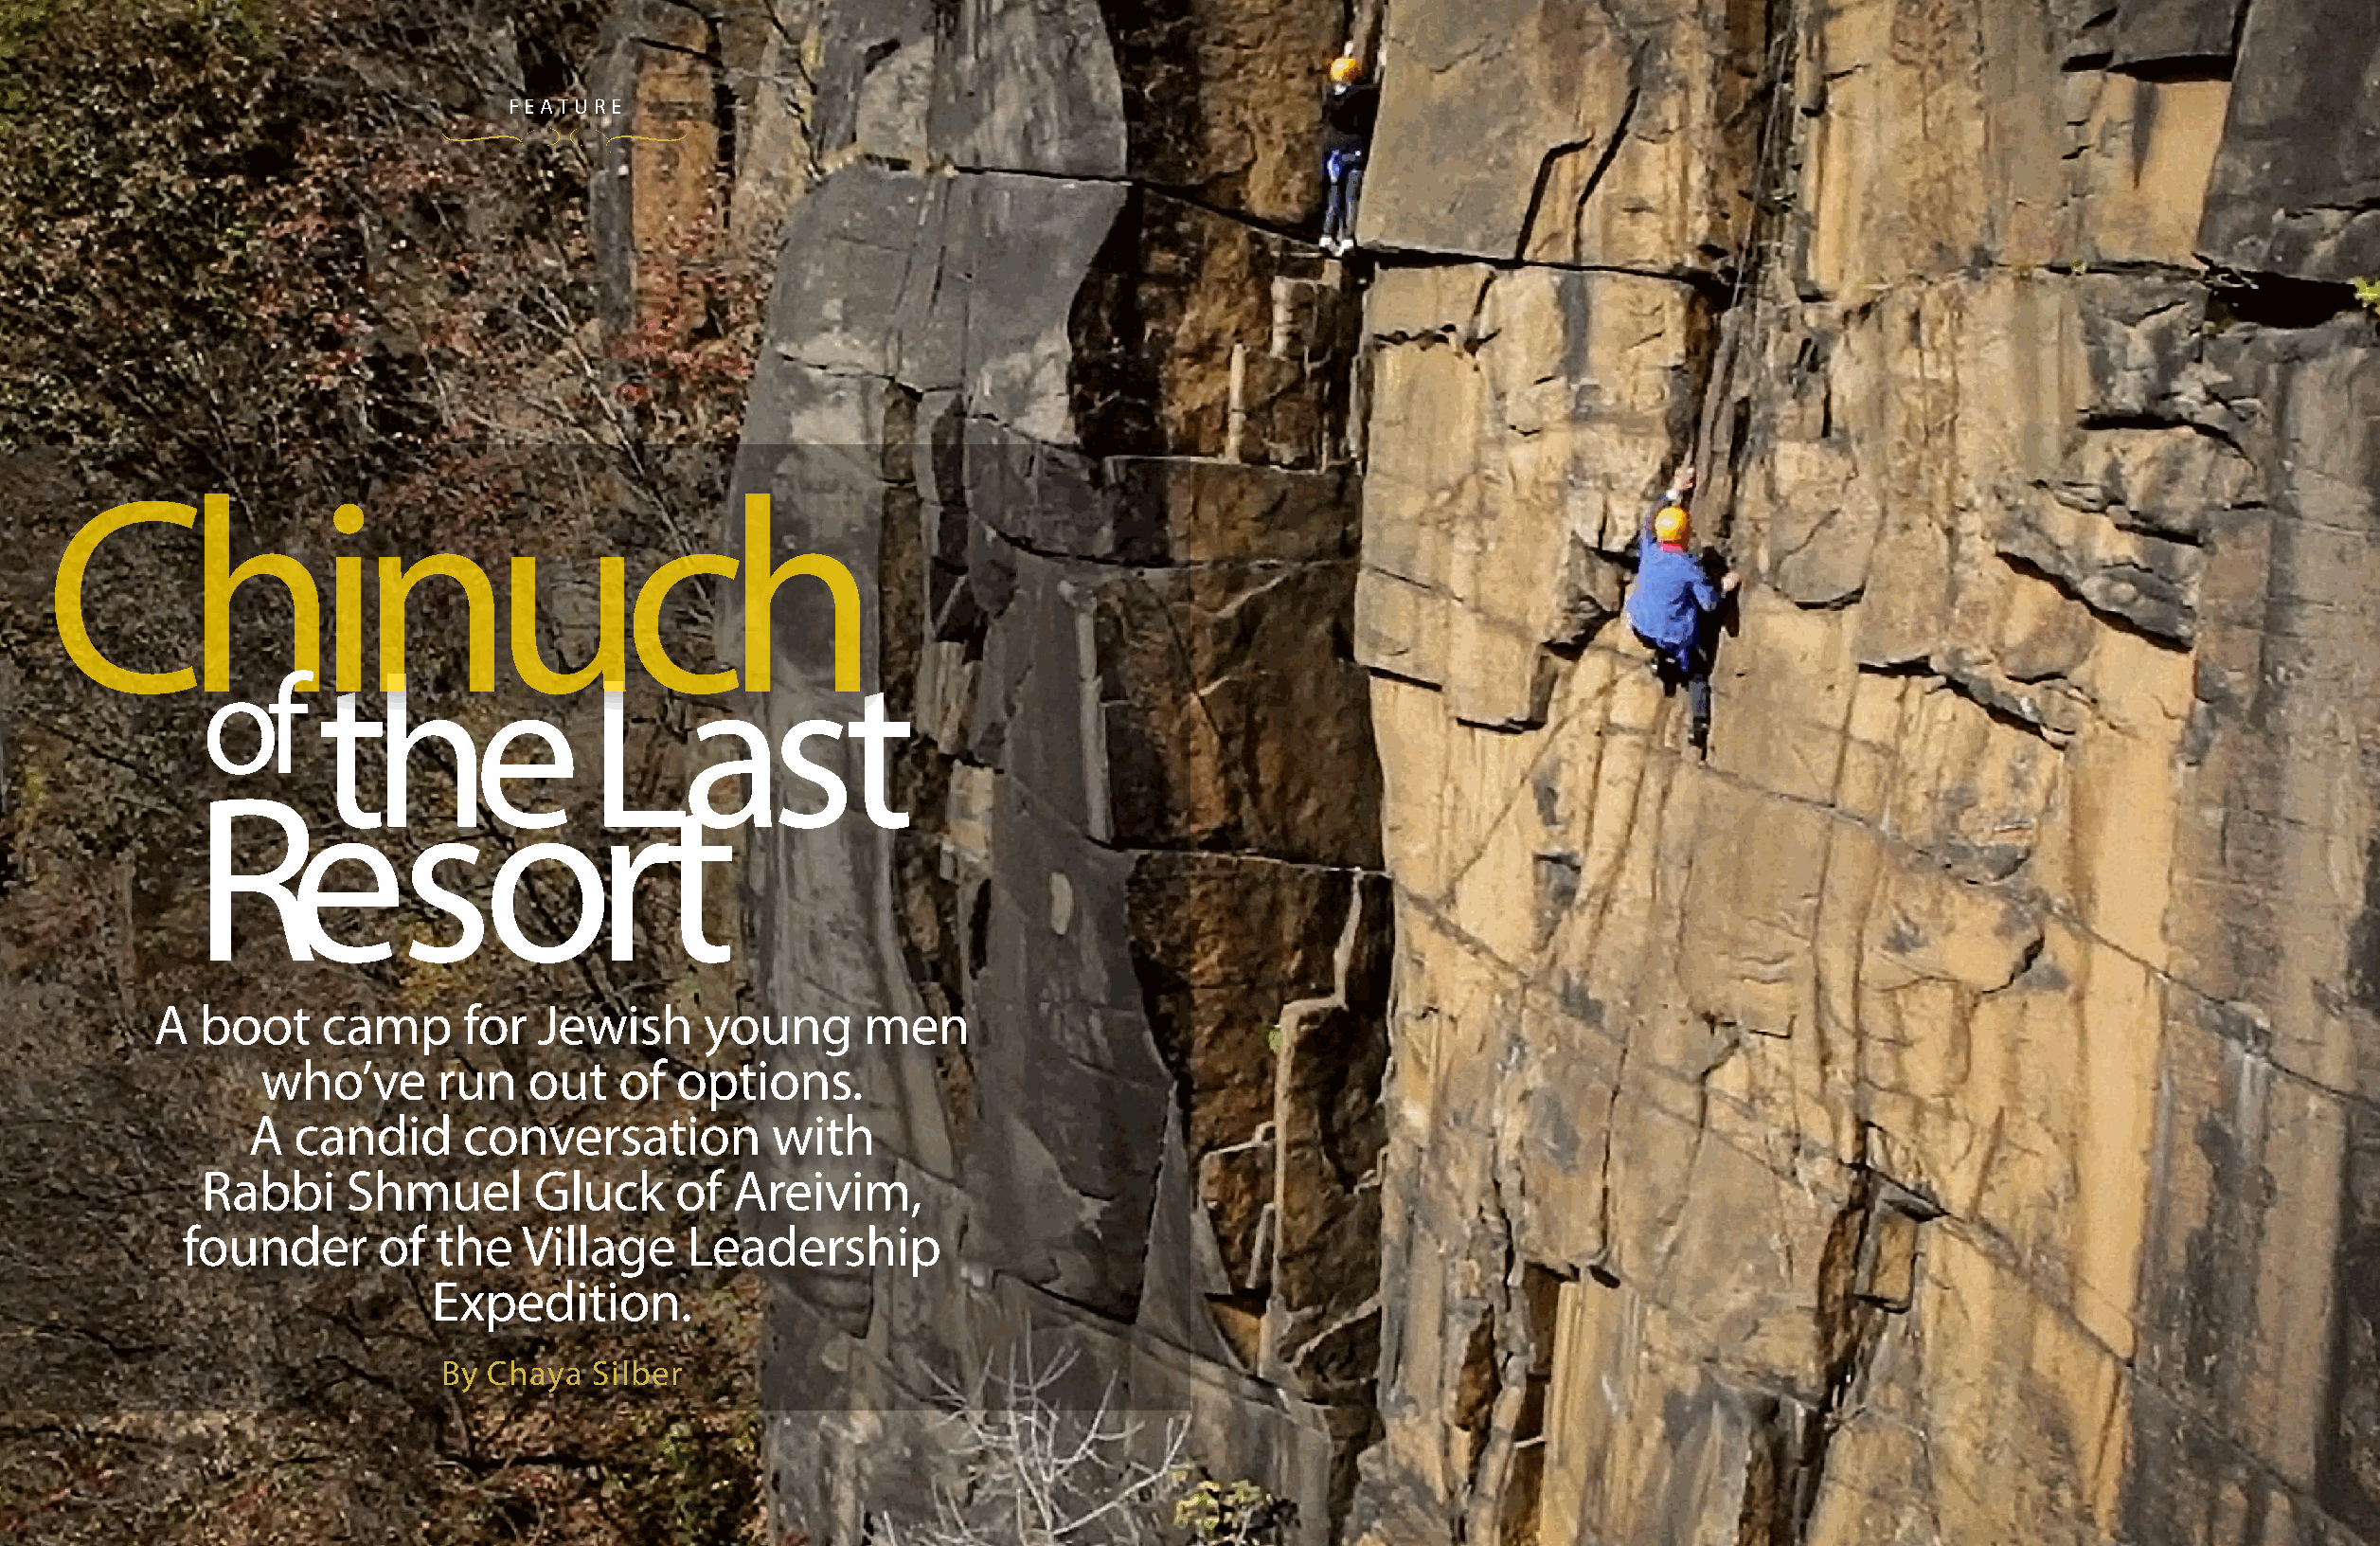
FEATURE
 Chinuch
 of      the                Last
 Resort
 A  boot    camp      for   Jewish     young      men
 who’ve       run   out   of  options.
 A   candid     conversation          with
 Rabbi     Shmuel       Gluck     of  Areivim,
 founder      of  the   Village     Leadership
 Expedition.
 By Chaya  Silber